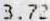
3.72